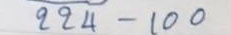
224 - 100